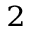
^ 2